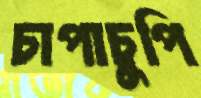
চাপাচুপি